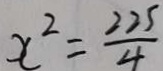
x ^ { 2 } = \frac { 2 2 5 } { 4 }